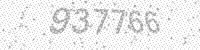
Solution: 937766